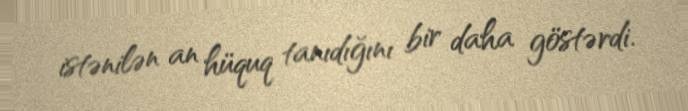
istənilən an hüquq tanıdığını bir daha göstərdi.